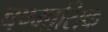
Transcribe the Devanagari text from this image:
षण्मासिक